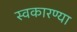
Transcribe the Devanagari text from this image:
स्वकारण्या